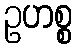
ဥဟစ္စ